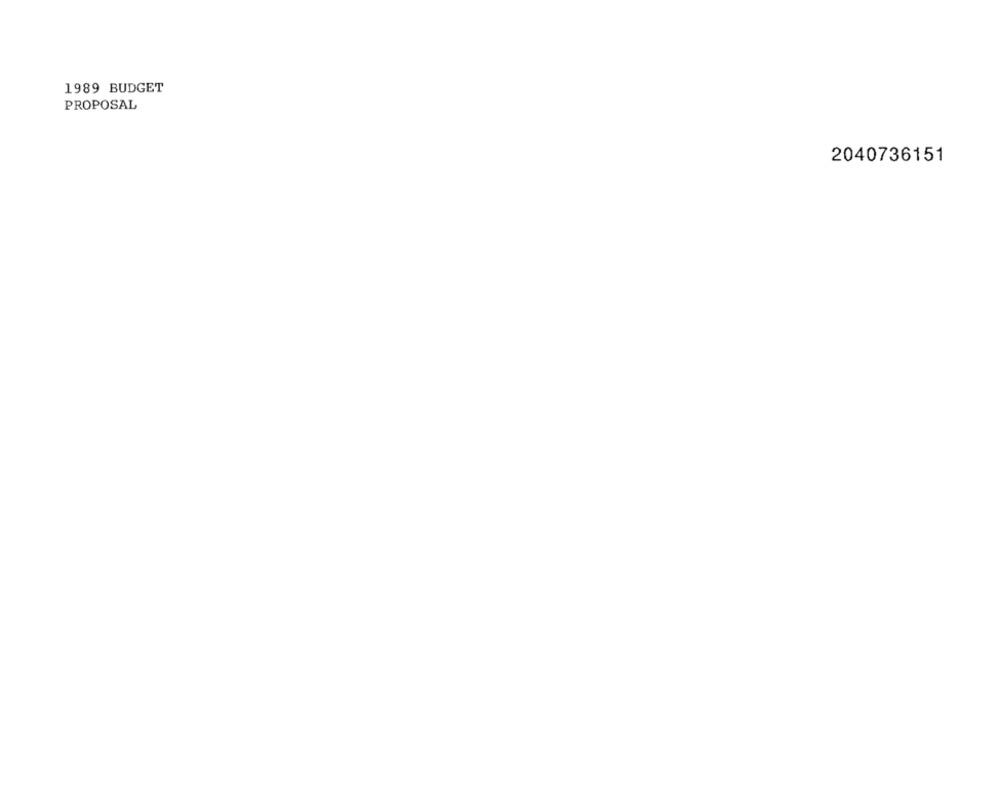
1989 BUDGET
PROPOSAL
2040736151